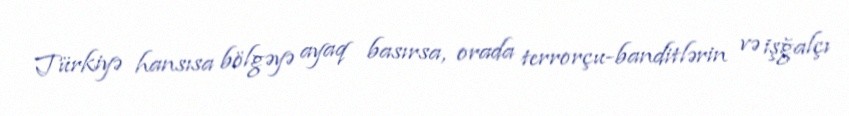
Türkiyə hansısa bölgəyə ayaq basırsa, orada terrorçu-banditlərin və işğalçı